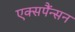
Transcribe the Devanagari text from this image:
एक्सपैंन्सन